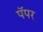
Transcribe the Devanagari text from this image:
पॅपर